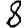
Digit: 8